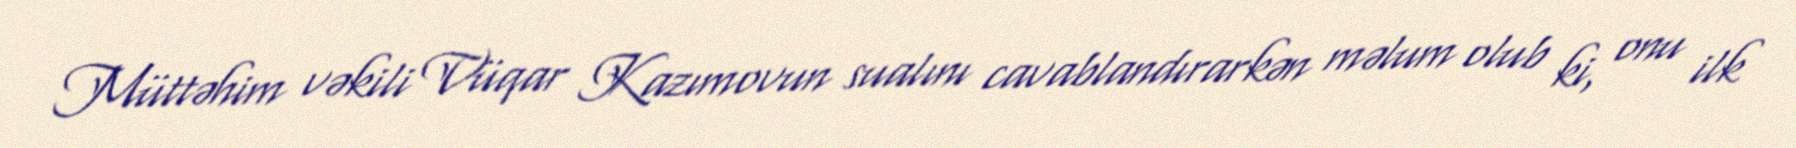
Müttəhim vəkili Vüqar Kazımovun sualını cavablandırarkən məlum olub ki, onu ilk